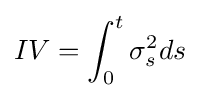
IV=\int _{0}^{t}\sigma _{s}^{2}ds